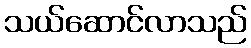
သယ်ဆောင်လာသည်